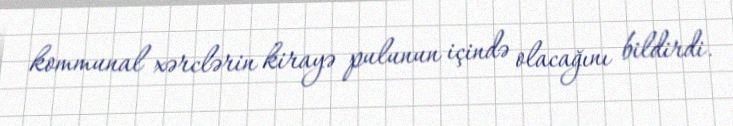
kommunal xərclərin kirayə pulunun içində olacağını bildirdi.